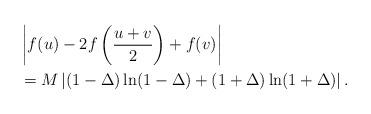
LaTeX: \begin{align*}& \left|f(u)-2f\left(\frac{u+v}{2}\right)+f(v)\right| \\& = M\left | (1-\Delta)\ln(1-\Delta) + (1+\Delta)\ln(1+\Delta) \right|.\end{align*}